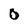
Character: 0